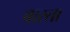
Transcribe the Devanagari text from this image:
बास्ता